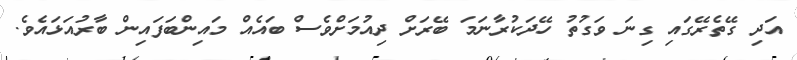
އަދި ގޭތެރޭގައި ގިނަ ވަގުތު ހޭދަކުރާނަމަ ބޭރަށް ދިއުމަށްވެސް ބައެއް މައިންބަފައިން ބާރުއަޅައެވެ.